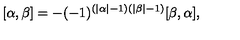
[ \alpha , \beta ] = - ( - 1 ) ^ { ( | \alpha | - 1 ) ( | \beta | - 1 ) } [ \beta , \alpha ] ,